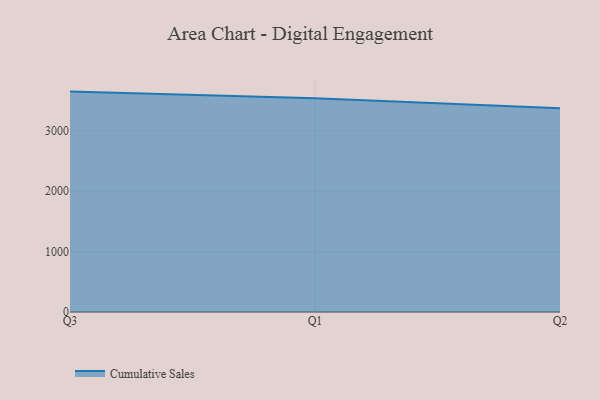
{"axis": {"x": "Quarter", "y": "Tickets Resolved"}, "legend": ["Cumulative Sales"], "data": [{"x": "Q3", "y": 3648.0, "type": "Cumulative Sales"}, {"x": "Q1", "y": 3537.4, "type": "Cumulative Sales"}, {"x": "Q2", "y": 3372.0, "type": "Cumulative Sales"}]}